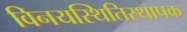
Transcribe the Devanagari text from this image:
विनयस्थितिस्थापक